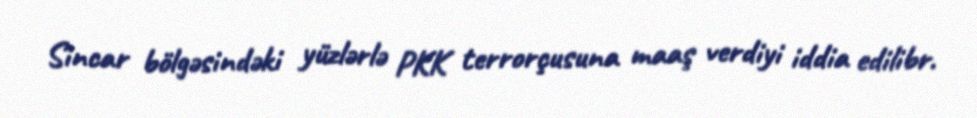
Sincar bölgəsindəki yüzlərlə PKK terrorçusuna maaş verdiyi iddia edilibr.